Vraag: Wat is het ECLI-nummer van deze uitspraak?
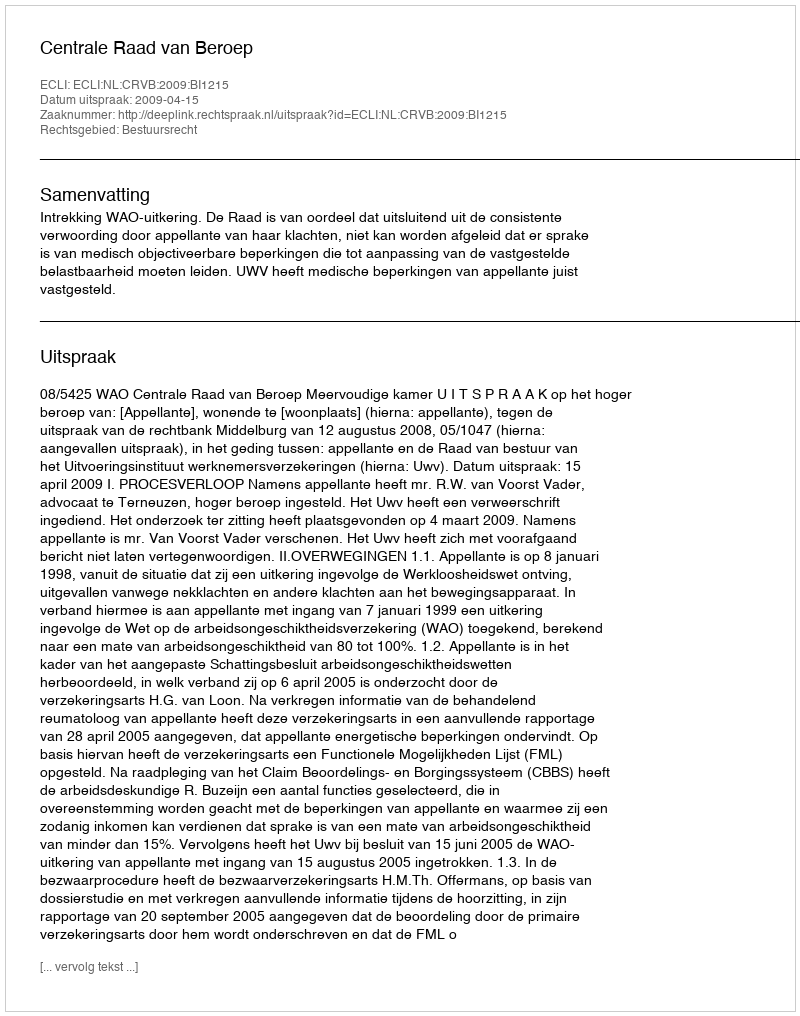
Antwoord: ECLI:NL:CRVB:2009:BI1215